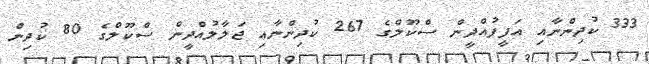
333 ކުދިންނާއި އަފީފުއްދީން ސްކޫލްގެ 267 ކުދިންނާއި ޖަލާލުއްދީން ސްކޫލްގެ 80 ކުދިން